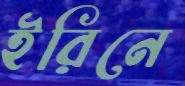
ইরিনে